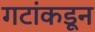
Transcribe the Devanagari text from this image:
गटांकडून